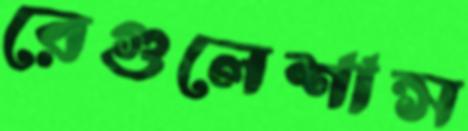
রেগুলেশান্স